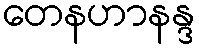
တေနဟာနန္ဒ